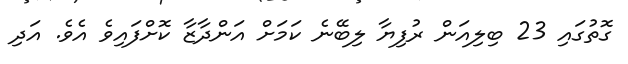
ގޮތުގައި 23 ބިލިއަން ރުފިޔާ ލިބޭނެ ކަމަށް އަންދާޒާ ކޮށްފައިވެ އެވެ. އަދި